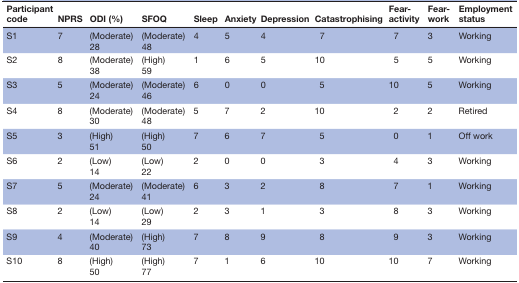
<table><thead><tr><td><b>Participant code</b></td><td><b>NPRS</b></td><td><b>ODI (%)</b></td><td><b>SFOQ</b></td><td><b>Sleep</b></td><td><b>Anxiety</b></td><td><b>Depression</b></td><td><b>Catastrophising</b></td><td><b>Fear-activity</b></td><td><b>Fear-work</b></td><td><b>Employment status</b></td></tr></thead><tbody><tr><td>S1</td><td>7</td><td>(Moderate) 28</td><td>(Moderate) 48</td><td>4</td><td>5</td><td>4</td><td>7</td><td>7</td><td>3</td><td>Working</td></tr><tr><td>S2</td><td>8</td><td>(Moderate) 38</td><td>(High) 59</td><td>1</td><td>6</td><td>5</td><td>10</td><td>5</td><td>5</td><td>Working</td></tr><tr><td>S3</td><td>5</td><td>(Moderate) 24</td><td>(Moderate) 46</td><td>6</td><td>0</td><td>0</td><td>5</td><td>10</td><td>5</td><td>Working</td></tr><tr><td>S4</td><td>8</td><td>(Moderate) 30</td><td>(Moderate) 48</td><td>5</td><td>7</td><td>2</td><td>10</td><td>2</td><td>2</td><td>Retired</td></tr><tr><td>S5</td><td>3</td><td>(High) 51</td><td>(High) 50</td><td>7</td><td>6</td><td>7</td><td>5</td><td>0</td><td>1</td><td>Off work</td></tr><tr><td>S6</td><td>2</td><td>(Low) 14</td><td>(Low) 22</td><td>2</td><td>0</td><td>0</td><td>3</td><td>4</td><td>3</td><td>Working</td></tr><tr><td>S7</td><td>5</td><td>(Moderate) 24</td><td>(Moderate) 41</td><td>6</td><td>3</td><td>2</td><td>8</td><td>7</td><td>1</td><td>Working</td></tr><tr><td>S8</td><td>2</td><td>(Low) 14</td><td>(Low) 29</td><td>2</td><td>3</td><td>1</td><td>3</td><td>8</td><td>3</td><td>Working</td></tr><tr><td>S9</td><td>4</td><td>(Moderate) 40</td><td>(High) 73</td><td>7</td><td>8</td><td>9</td><td>8</td><td>9</td><td>3</td><td>Working</td></tr><tr><td>S10</td><td>8</td><td>(High) 50</td><td>(High) 77</td><td>7</td><td>1</td><td>6</td><td>10</td><td>10</td><td>7</td><td>Working</td></tr></tbody></table>